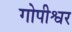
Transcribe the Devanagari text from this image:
गोपीश्वर